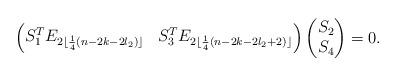
LaTeX: \begin{align*}\begin{pmatrix}S_1^T E_{2\lfloor \frac{1}{4}(n-2k-2l_2) \rfloor} & S_3^T E_{2\lfloor \frac{1}{4}(n-2k-2l_2+2) \rfloor}\end{pmatrix}\begin{pmatrix}S_2 \\ S_4 \end{pmatrix}=0.\end{align*}